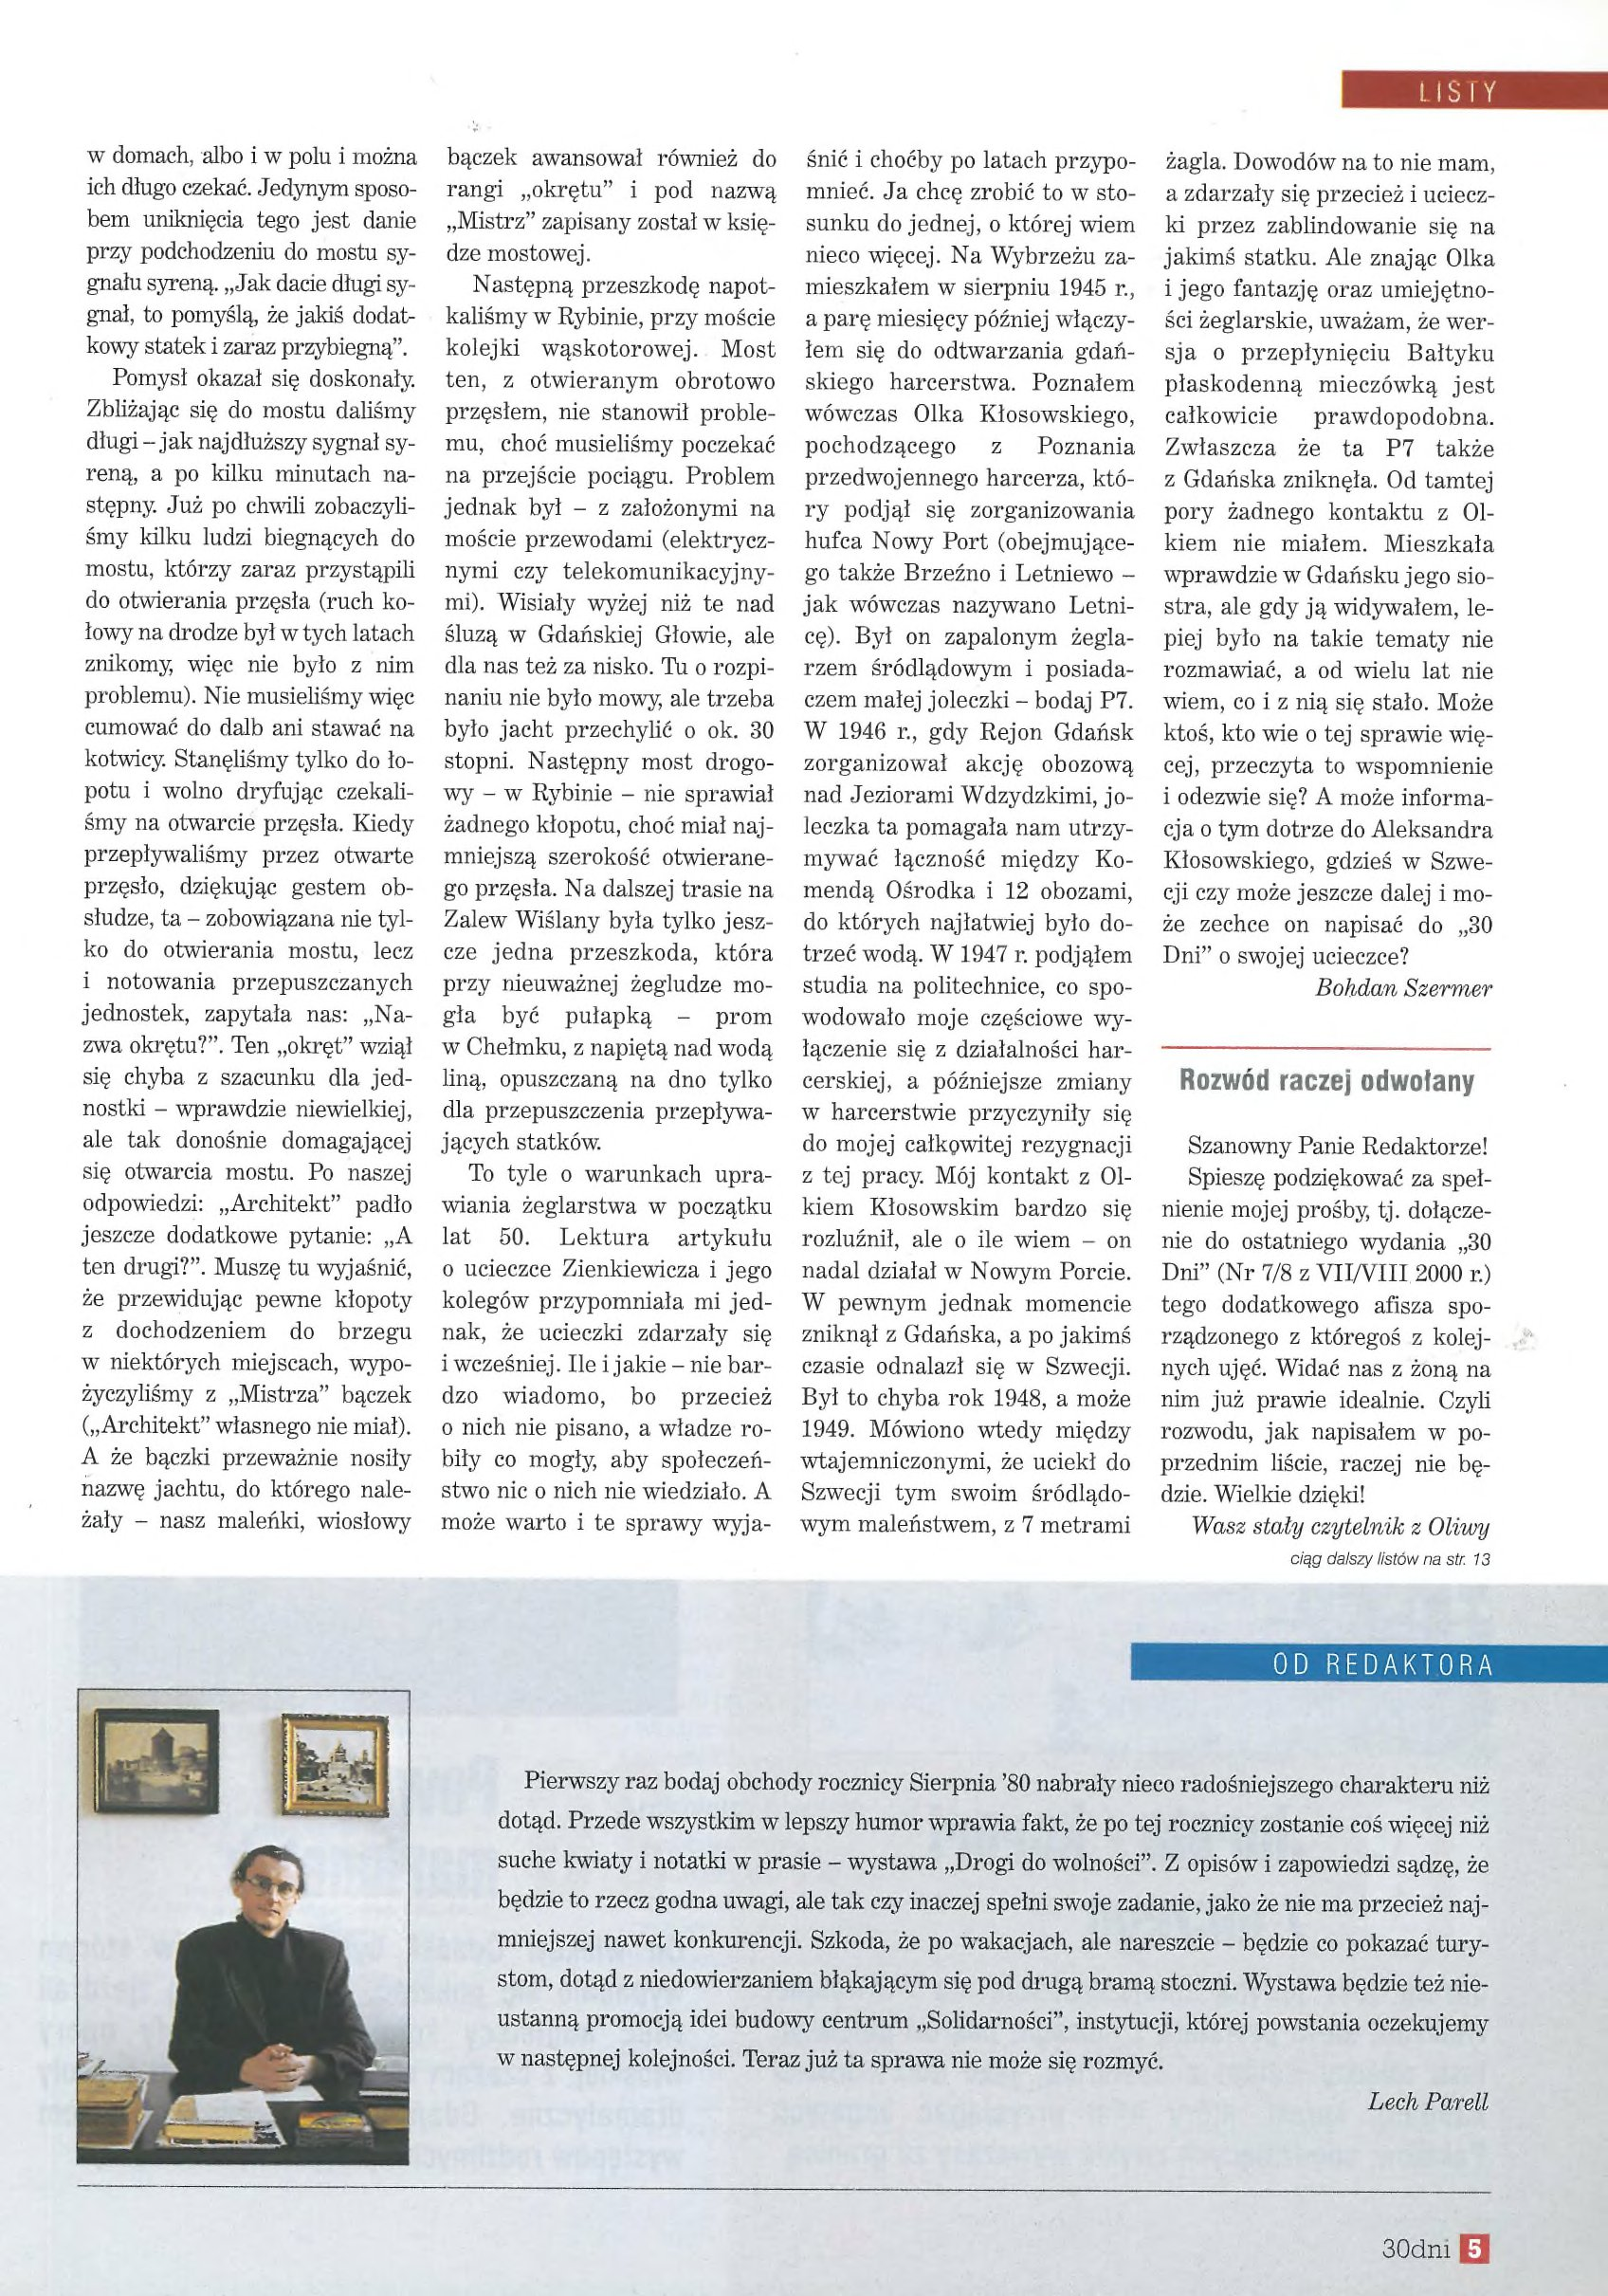
Language: pl